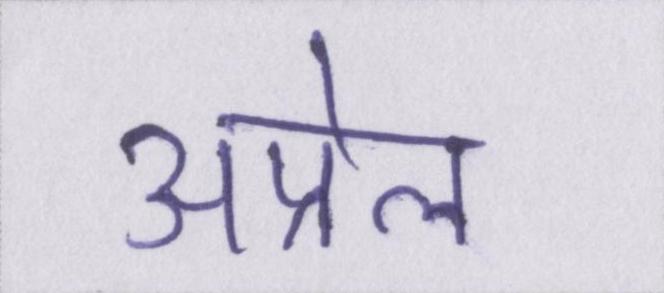
अप्रेल